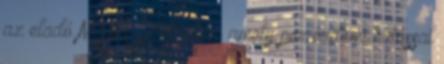
az eladó MVM Zrt. ellen, amely per érdemi hatással